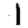
Digit: 1